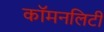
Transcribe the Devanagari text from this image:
कॉमनलिटी